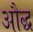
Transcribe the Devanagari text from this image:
औद्ध